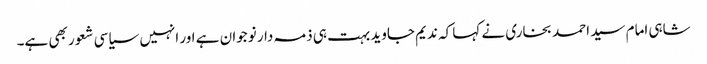
شاہی امام سید احمد بخاری نے کہا کہ ندیم جاوید بہت ہی ذمہ دار نوجوان ہے اور انہیں سیاسی شعور بھی ہے۔